Lunatic asylums Central Provinces reports 1874-1885 - 1874-1885
Year: 1874
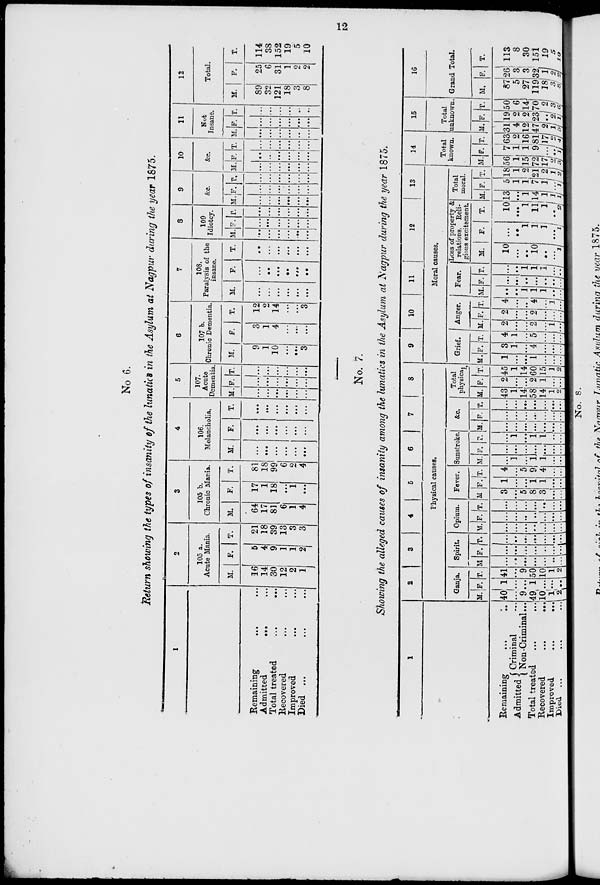
12
No 6.
Return showing the types of insanity of the lunatics in the Asylum at Nagpur during the year 1875.
1
Remaining ... ...
Admitted
...
...
Total treated
...
...
Recovered ... ...
Improved ... ...
Died ... ...
2
105 a.
Acute Mania.
M.
16
14
30
12
2
1
F.
5
4
9
1
1
2
T.
21
18
39
13
3
3
3
105 b.
Chronic Mania.
M.
64
17
81
6
1
4
F.
17
1
18
...
1
...
T.
81
18
99
6
2
4
4
106.
Melancholia.
M.
...
...
...
....
...
...
F.
...
...
...
...
...
...
T.
...
...
...
...
...
...
5
107.
Acute
Dementia.
M.
...
...
...
...
...
...
F.
...
...
...
...
...
...
T.
...
...
...
...
...
...
6
107 b.
Chronic Dementia.
M.
9
1
10
...
...
3
F.
3
1
4
...
...
...
T.
12
2
14
...
...
3
7
108.
Paralysis of the
insane.
M.
...
...
...
...
...
...
F.
...
...
...
...
...
...
T.
...
...
...
...
...
...
8
109
Idiotcy.
M.
...
...
...
...
...
...
F.
...
...
...
...
...
...
T.
...
...
...
...
...
...
9
&c.
M.
...
...
...
...
...
...
F.
...
...
...
...
...
...
T.
...
...
...
...
...
...
10
&c.
M.
...
...
...
...
...
...
F.
...
...
...
...
...
...
T.
...
...
...
...
...
...
11
Not
Insane.
M.
...
...
...
...
...
...
F.
...
...
...
...
...
...
T.
...
...
...
...
...
...
12
Total.
M.
89
32
121
18
3
8
F.
25
6
31
1
2
2
T.
114
38
152
19
5
10
No. 7.
Showing the alleged causes of insanity among the lunatics in the Asylum at Nagpur during the year 1875.
1
Remaining ... ...
Admitted Criminal ...
Non-Criminal ...
Total treated ... ...
Recovered
...
...
Improved
...
...
Died ... ...
2
3
4
5
6
7
8
Physical causes.
Ganja.
M.
40
...
9
49
10
1
2
F.
1 ...
...
1
...
...
...
T.
41
...
9
50
10
1
2
Spirit.
M.
...
...
...
...
...
...
...
F.
...
...
...
...
...
...
...
T.
...
...
...
...
...
...
...
Opium.
M.
...
...
...
...
...
...
...
F.
...
...
...
...
...
...
...
T.
...
...
...
...
...
...
...
Fever.
M.
3
...
5
8
3
...
...
F.
1
...
...
1
1
...
...
T.
4
...
5
9
4
...
...
Sunstroke.
M.
...
1
...
1
1
...
...
F.
...
...
...
...
...
...
...
T.
...
1
...
1
1
...
...
&c.
M.
...
...
...
...
...
...
...
F.
...
...
...
...
...
...
...
T.
...
...
...
...
...
...
...
Total
physical.
M.
43
1
14
58
14
1
2
F.
2
...
...
2
1
...
...
T.
45
1
14
60
15
1
2
9
10
11
12
13
Moral causes.
Grief.
M.
1
...
...
1
...
...
...
F.
3
1
...
4
...
...
...
T.
4
1
...
5
...
...
...
Anger.
M.
2
...
...
2
...
1
...
F.
2
...
...
2
...
...
...
T.
4
...
...
4
...
1
...
Fear.
M.
...
...
1
1
1
...
...
F.
...
...
...
...
...
...
...
T.
...
...
1
1
1
...
...
Loss of property &
relations. Reli-
gious excitement.
M.
10
...
...
10
...
... 1
F.
...
...
1
1
1
...
1
T.
10
...
1
11
1
..
2
Total
moral.
M.
13
...
1
14
1
1
1
F.
5
1
1
7
1
... 1
T.
18
1
2
21
2
1
2
14
Total
known.
M.
56
1
15
72
17
3
3
F.
7
1
1
9
...
1
1
T.
63
2
16
81 17
4
4
15
Total
unknown.
M.
31
4
12
47
2
5
5
F.
19
2
2
23
...
1
1
T.
50
6
14
70
2
6
6
16
Grand Total.
M.
87
5
27
119
18
3
8
F.
26
3
3
32
1
2
2
T.
113
8
30
151
19
5
10